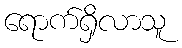
ရောက်ရှိလာသူ